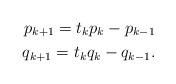
LaTeX: \begin{align*}p_{k+1}=t_{k}p_k-p_{k-1}\\q_{k+1}=t_{k}q_k-q_{k-1}. \end{align*}